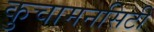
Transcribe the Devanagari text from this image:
कुचामनसिटी